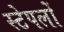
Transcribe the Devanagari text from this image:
स्टेपलों